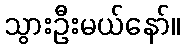
သွားဦးမယ်နော်။